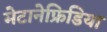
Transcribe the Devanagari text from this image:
मेटानेफ्रिडिया